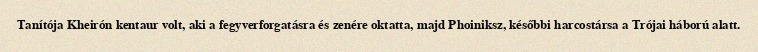
Tanítója Kheirón kentaur volt, aki a fegyverforgatásra és zenére oktatta, majd Phoiniksz, későbbi harcostársa a Trójai háború alatt.